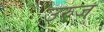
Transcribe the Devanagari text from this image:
उरुज